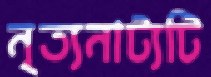
নৃত্যনাট্যটি